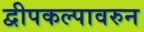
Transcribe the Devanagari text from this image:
द्वीपकल्पावरुन